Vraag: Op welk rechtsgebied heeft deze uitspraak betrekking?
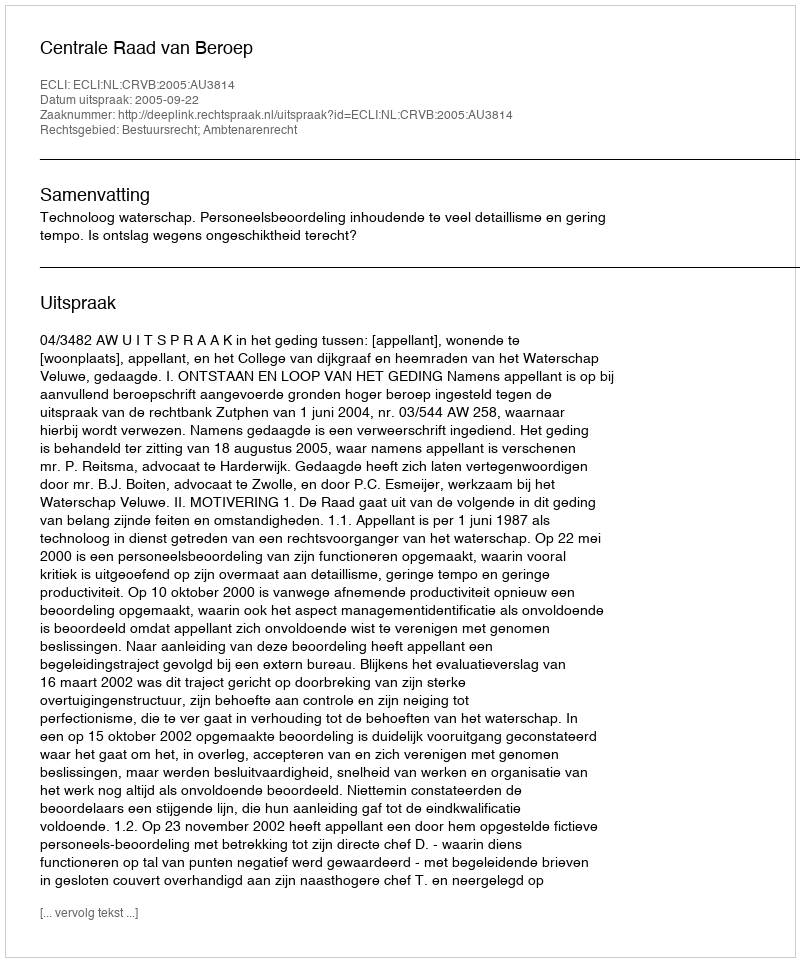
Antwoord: Bestuursrecht; Ambtenarenrecht